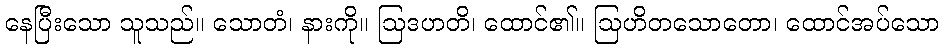
နေပြီးသော သူသည်။ သောတံ၊ နားကို။ ဩဒဟတိ၊ ထောင်၏။ ဩဟိတသောတော၊ ထောင်အပ်သော